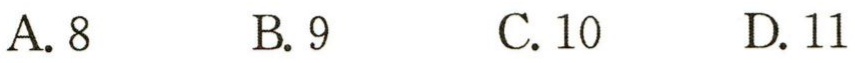
A. 8 \quad B. 9 \quad C. 10 \quad D. 11